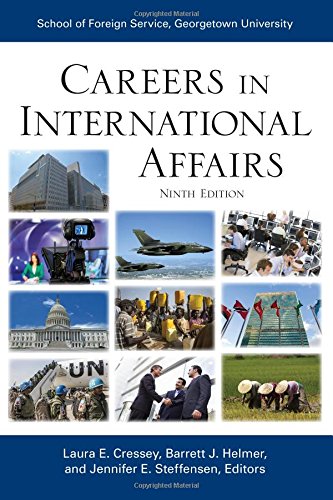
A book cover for Careers in International Affairs; Business & Money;